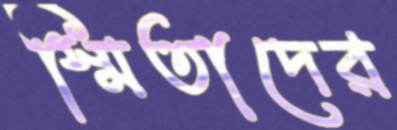
স্মিতাদের